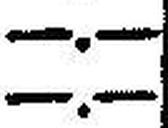
—.—